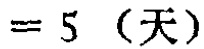
$= 5 \ （天）$